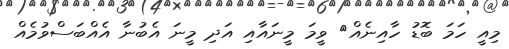
މިއީ ހަމަ ބޮޑު ހާއިނެއް< ވީމަ މީނައާއި އަދި މީނަ އެބުނާ އެއްބަސްވުމެއް